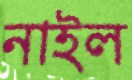
নাইল